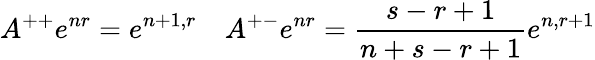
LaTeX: A^{++}e^{nr}=e^{n+1,r}\quad A^{+-}e^{nr}=\frac{s-r+1}{n+s-r+1}e^{n,r+1}